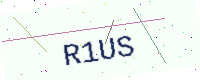
Text: R1US